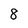
Character: 8